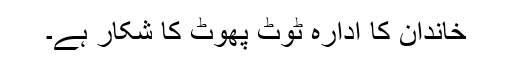
خاندان کا ادارہ ٹوٹ پھوٹ کا شکار ہے۔